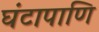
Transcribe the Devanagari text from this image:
घंटापाणि